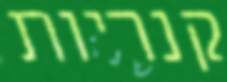
קנריות